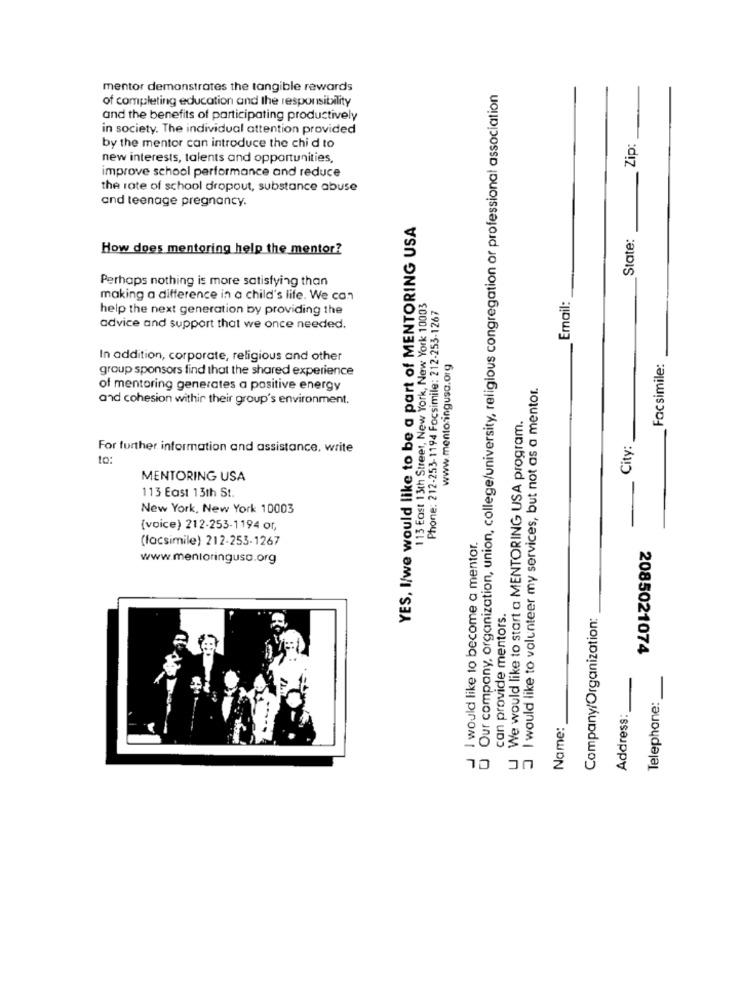
mentor demonstrates the tangible rewards
Our company, organization, union, college/university, religious congregation or professional association
of completing education and the responsibility
and the benefits of participating productively
in society. The individual attention provided
Zip:
by the mentor can introduce the chi d to
new interests, talents and opportunities,
improve school performance and reduce
the rate of school dropout, substance abuse
and teenage pregnancy.
YES, I/we would like to be a part of MENTORING USA
State:
How does mentoring help the mentor?
Perhaps nothing is more satisfying than
making a difference in a child's life. We can
113 East 13th Street, New York, New York 10003
Phone: 212-253-1194 Focsimile: 212-253-1267
Email:
help the next generation by providing the
advice and support that we once needed.
In addition, corporate, religious and other
www.mentoringusa.org
Facsimile:
group sponsors find that the shared experience
I would like to volunteer my services, but not as a mentor.
of mentoring generates a positive energy
and cohesion within their group's environment.
We would like to start a MENTORING USA program.
City:
For further information and assistance, write
10 :
MENTORING USA
113 East 13th St.
New York, New York 10003
(voice) 212-253-1194 or,
(facsimile) 212-253-1267
I would like to become a mentor.
www.mentoringuso.org
can provide mentors.
Company/Organization:
2085021074
Telephone :_
Address:
Name:
10